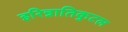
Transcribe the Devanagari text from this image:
इरिन्नातिकुटल